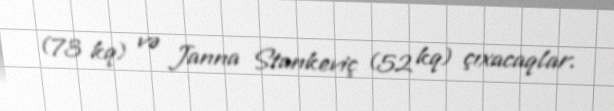
(73 kq) və Janna Stankeviç (52 kq) çıxacaqlar.